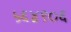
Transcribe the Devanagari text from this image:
५६४९०६